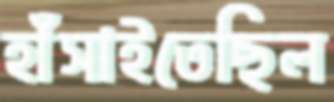
হাঁসাইতেছিল